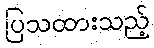
ပြသထားသည့်